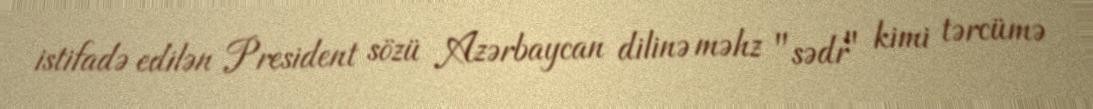
istifadə edilən President sözü Azərbaycan dilinə məhz "sədr" kimi tərcümə